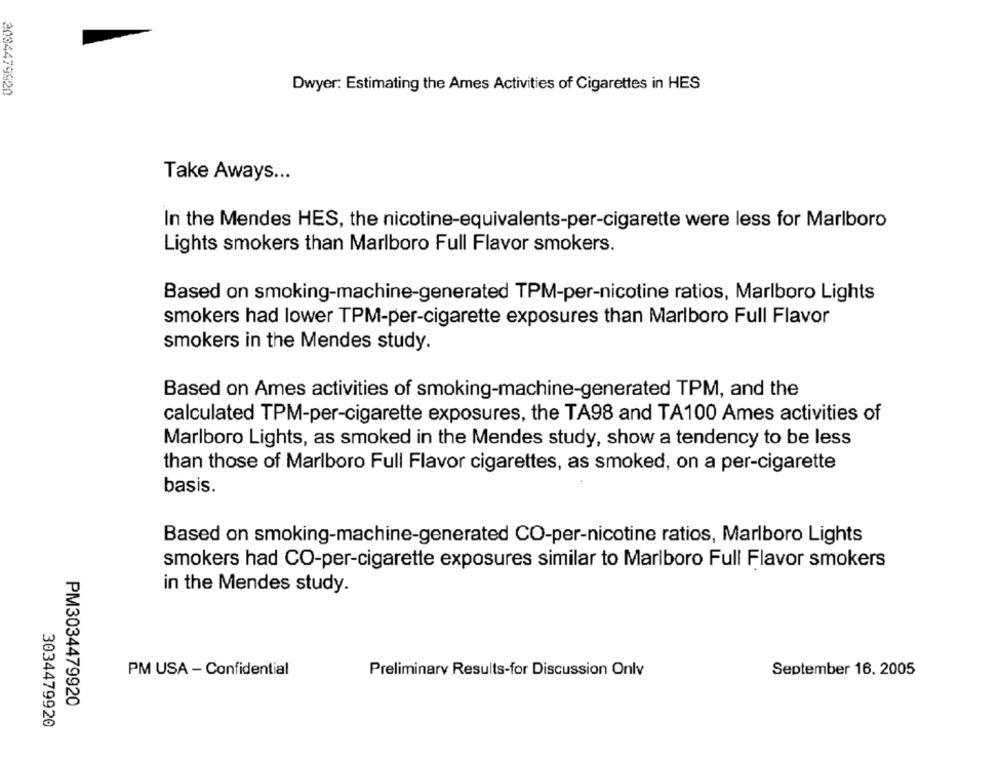
3034479920
Dwyer: Estimating the Ames Activities of Cigarettes in HES
Take Aways ...
In the Mendes HES, the nicotine-equivalents-per-cigarette were less for Marlboro
Lights smokers than Marlboro Full Flavor smokers.
Based on smoking-machine-generated TPM-per-nicotine ratios, Marlboro Lights
smokers had lower TPM-per-cigarette exposures than Marlboro Full Flavor
smokers in the Mendes study.
Based on Ames activities of smoking-machine-generated TPM, and the
calculated TPM-per-cigarette exposures, the TA98 and TA100 Ames activities of
Marlboro Lights, as smoked in the Mendes study, show a tendency to be less
than those of Marlboro Full Flavor cigarettes, as smoked, on a per-cigarette
basis.
Based on smoking-machine-generated CO-per-nicotine ratios, Marlboro Lights
smokers had CO-per-cigarette exposures similar to Marlboro Full Flavor smokers
in the Mendes study.
PM USA - Confidential
Preliminary Results-for Discussion Onlv
September 16. 2005
PM3034479920
3034479920